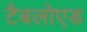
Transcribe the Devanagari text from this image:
टैबलोएड